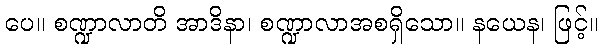
ပေ။ စဏ္ဍာလာတိ အာဒိနာ၊ စဏ္ဍာလာအစရှိသော။ နယေန၊ ဖြင့်။